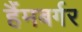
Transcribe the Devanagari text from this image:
हैंमबर्गर